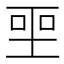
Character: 𪡅